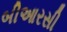
બીઆરસી